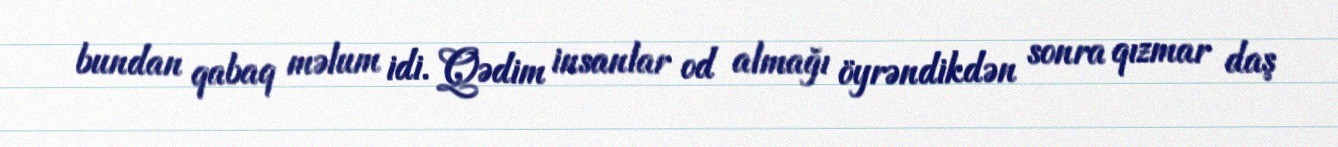
bundan qabaq məlum idi. Qədim insanlar od almağı öyrəndikdən sonra qızmar daş